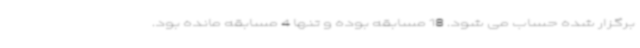
برگزار شده حساب می شود. 18 مسابقه بوده و تنها 4 مسابقه مانده بود.